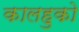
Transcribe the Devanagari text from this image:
कालहुको